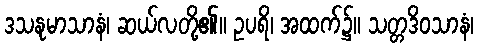
ဒသနုမာသာနံ၊ ဆယ်လတို့၏။ ဥပရိ၊ အထက်၌။ သတ္တဒိဝသာနံ၊